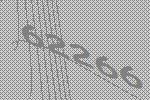
62266